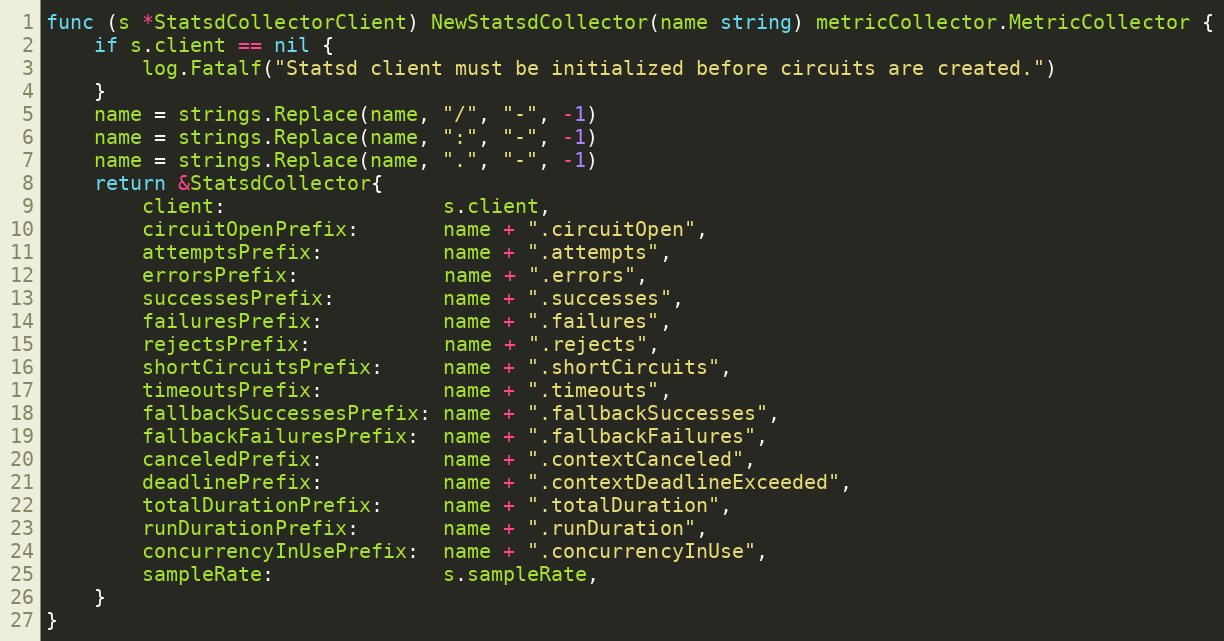
Language: Go
func (s *StatsdCollectorClient) NewStatsdCollector(name string) metricCollector.MetricCollector {
	if s.client == nil {
		log.Fatalf("Statsd client must be initialized before circuits are created.")
	}
	name = strings.Replace(name, "/", "-", -1)
	name = strings.Replace(name, ":", "-", -1)
	name = strings.Replace(name, ".", "-", -1)
	return &StatsdCollector{
		client:                  s.client,
		circuitOpenPrefix:       name + ".circuitOpen",
		attemptsPrefix:          name + ".attempts",
		errorsPrefix:            name + ".errors",
		successesPrefix:         name + ".successes",
		failuresPrefix:          name + ".failures",
		rejectsPrefix:           name + ".rejects",
		shortCircuitsPrefix:     name + ".shortCircuits",
		timeoutsPrefix:          name + ".timeouts",
		fallbackSuccessesPrefix: name + ".fallbackSuccesses",
		fallbackFailuresPrefix:  name + ".fallbackFailures",
		canceledPrefix:          name + ".contextCanceled",
		deadlinePrefix:          name + ".contextDeadlineExceeded",
		totalDurationPrefix:     name + ".totalDuration",
		runDurationPrefix:       name + ".runDuration",
		concurrencyInUsePrefix:  name + ".concurrencyInUse",
		sampleRate:              s.sampleRate,
	}
}